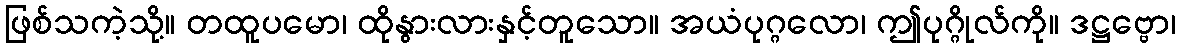
ဖြစ်သကဲ့သို့။ တထူပမော၊ ထိုနွားလားနှင့်တူသော။ အယံပုဂ္ဂလော၊ ဤပုဂ္ဂိုလ်ကို။ ဒဋ္ဌဗ္ဗော၊